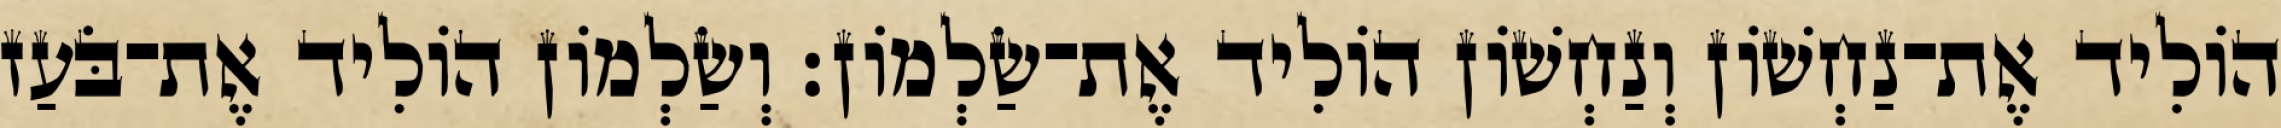
הוֹלִיד אֶת־נַחְשׁוֹן וְנַחְשׁוֹן הוֹלִיד אֶת־שַׂלְמוֹן׃ וְשַׂלְמוֹן הוֹלִיד אֶת־בֹּעַז